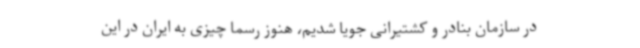
در سازمان بنادر و کشتیرانی جویا شدیم، هنوز رسما چیزی به ایران در این